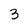
Character: 3